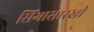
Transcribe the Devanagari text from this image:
सिंगासारखी